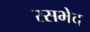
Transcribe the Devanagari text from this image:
रसभेद